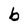
Character: b